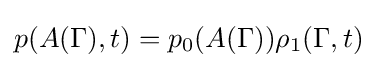
p(A(\Gamma ),t)=p_{0}(A(\Gamma ))\rho _{1}(\Gamma ,t)